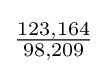
{\tfrac {123,164}{98,209}}